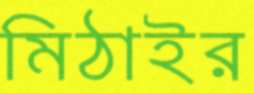
মিঠাইর